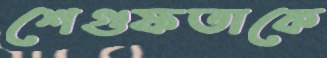
শেগুফতাকে